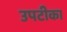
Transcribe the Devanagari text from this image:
उपटीका